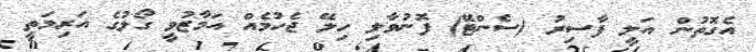
އެގޮތުން އަލީ ފާސިރު (ސެންޓޭ) ފޮނުވާލި ހިލޭ ޖެހުމެއް އަމާޒުވީ ގޯލުގެ އަރިމަތީ